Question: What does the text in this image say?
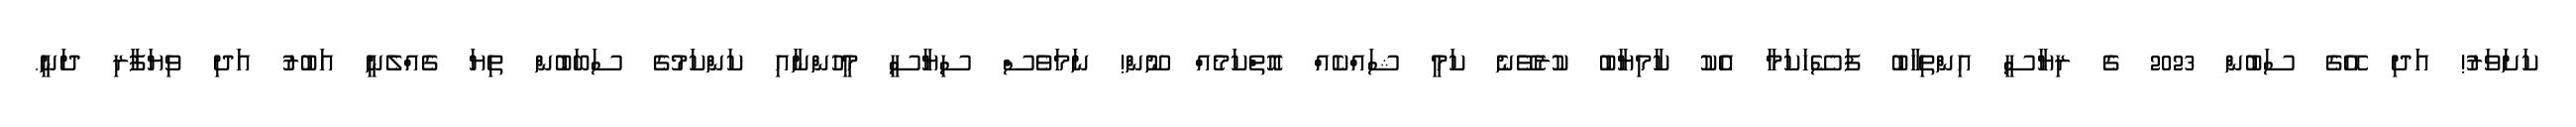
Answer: ކަށަވަރު! އަދި އޭގެ ސަބުން 2023 ގެ ރިޔާސީ އިންތިހާބު ފަސޭހަކަމާ އެކު ކާމިޔާބު ކުރެވޭނެ ކަމީ ޝައްކެއް އޮތްކަމެއް ނޫން! ނަމަވެސް ސިޔާސީ މީހުންނާއި ކަންކަމުގެ ސަބަބުން ތިޔަ ގެއްލެނީ އަބުރު އަދި ވިޔަފާރި ދަނީ.